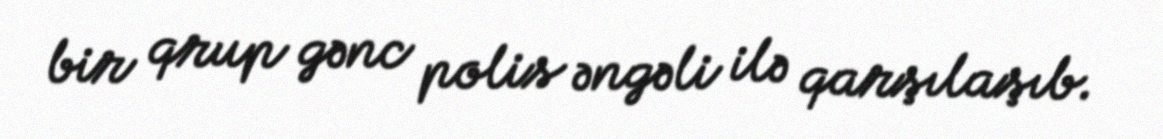
bir qrup gənc polis əngəli ilə qarşılaşıb.